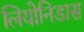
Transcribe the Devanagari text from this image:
लियोनिडास